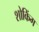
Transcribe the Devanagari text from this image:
शोकिंग